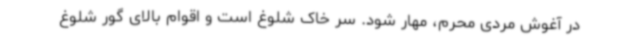
در آغوش مردی محرم،‌ مهار شود. سر خاک شلوغ است و اقوام بالای گور شلوغ